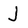
Character: j